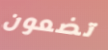
تضعون